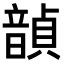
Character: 𫖙